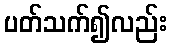
ပတ်သက်၍လည်း